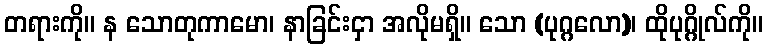
တရားကို။ န သောတုကာမော၊ နာခြင်းငှာ အလိုမရှိ။ သော (ပုဂ္ဂလော)၊ ထိုပုဂ္ဂိုလ်ကို။